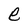
Character: e